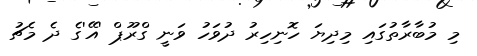
މި މުބާރާތުގައި މިދިޔަ ހޮނިހިރު ދުވަހު ވަނީ ގްރޫޕް 'އޭ'ގެ ދެ މެޗު